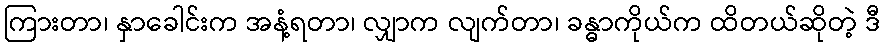
ကြားတာ၊ နှာခေါင်းက အနံ့ရတာ၊ လျှာက လျက်တာ၊ ခန္ဓာကိုယ်က ထိတယ်ဆိုတဲ့ ဒီ